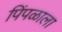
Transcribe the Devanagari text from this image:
पिंपळाला